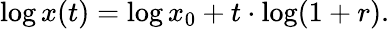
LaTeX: \log x(t)=\log x_{0}+t\cdot\log(1+r).